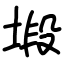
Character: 塅